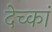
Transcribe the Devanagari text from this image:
देच्कां